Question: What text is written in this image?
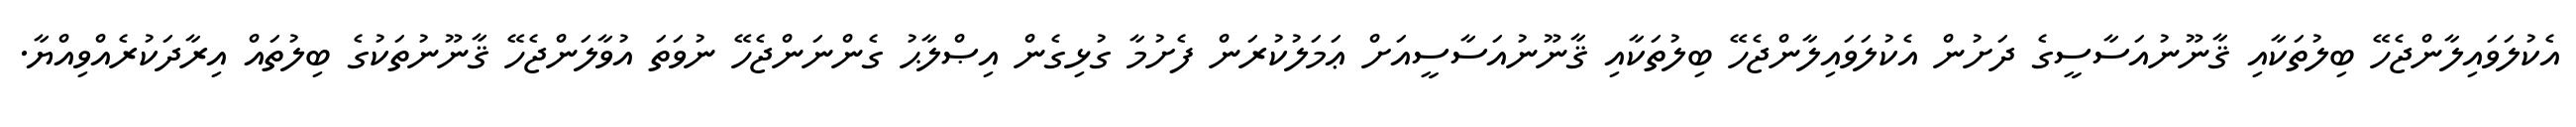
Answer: އެކުލަވައިލާންޖެހޭ ބިލުތަކާއި ޤާނޫނުއަސާސީގެ ދަށުން އެކުލަވައިލާންޖެހޭ ބިލުތަކާއި ޤާނޫނުއަސާސީއަށް ޢަމަލުކުރަން ފެށުމާ ގުޅިގެން އިޞްލާޙު ގެންނަންޖެހޭ ނުވަތަ އުވާލަންޖެހޭ ޤާނޫނުތަކުގެ ބިލުތައް އިރާދަކުރެއްވިއްޔާ.